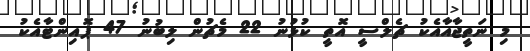
މި ނަތީޖާއާއެކު ޗެލްސީ އޮތީ ކުޅުނު 22 މެޗުން ލިބުނު 47 ޕޮއިންޓާއެކު